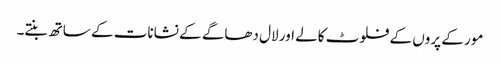
مور کے پروں کے فلوٹ کالے اور لال دھاگے کے نشانات کے ساتھ بنتے۔